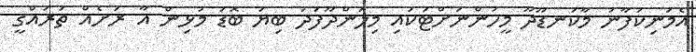
އެމަނިކުފާނު މާކަނޑޫދޫ މީހުންނަށްޓަކައި މިލަންދޫފަދަ ބިޔަ ބޮޑު މުޅިން އާ ރަށެއް ތަރައްގީ